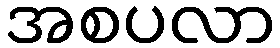
အစပလာ